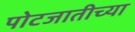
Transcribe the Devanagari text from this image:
पोटजातीच्या